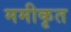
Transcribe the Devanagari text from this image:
ममीकृत